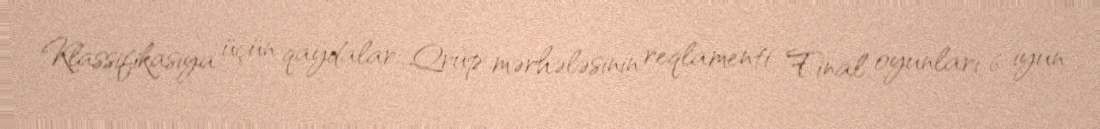
Klassifikasiya üçün qaydalar: Qrup mərhələsinin reqlamenti Final oyunları 6 iyun